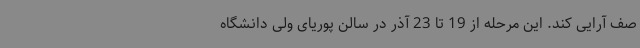
صف آرایی کند. این مرحله از 19 تا 23 آذر در سالن پوریای ولی دانشگاه